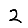
Digit: 2